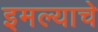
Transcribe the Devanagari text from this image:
इमल्याचे